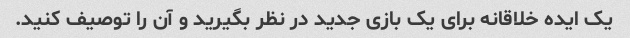
یک ایده خلاقانه برای یک بازی جدید در نظر بگیرید و آن را توصیف کنید.